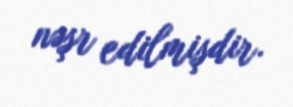
nəşr edilmişdir.